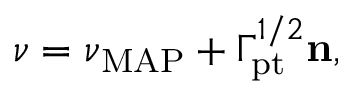
\begin{array} { r } { \ensuremath { \boldsymbol \nu } = \boldsymbol \nu _ { \mathrm { M A P } } + \ensuremath { \boldsymbol \Gamma _ { \! \mathrm { { p t } } } } ^ { 1 / 2 } \mathbf n , } \end{array}